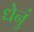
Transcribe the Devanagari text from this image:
धेनुं